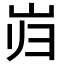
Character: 岿